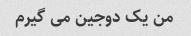
من یک دوجین می گیرم